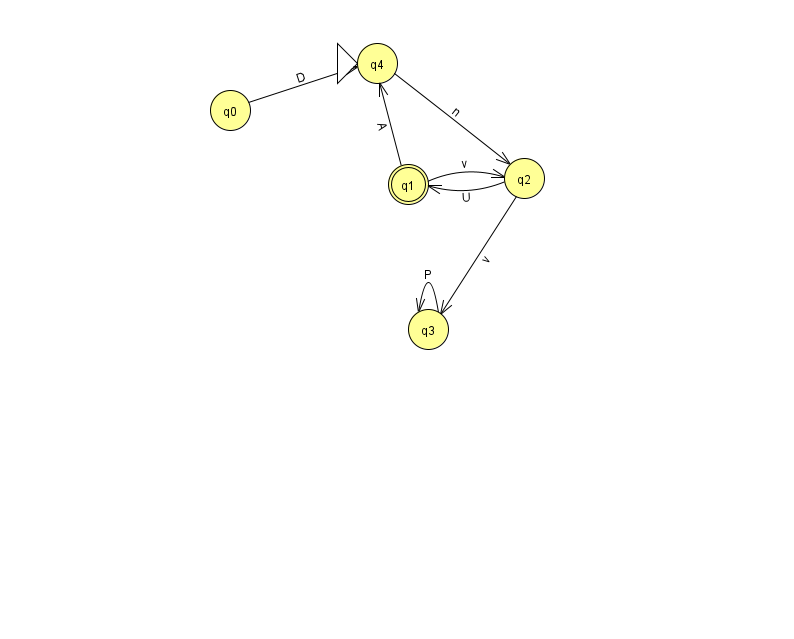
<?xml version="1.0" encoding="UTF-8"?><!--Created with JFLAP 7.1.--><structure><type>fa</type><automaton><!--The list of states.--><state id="0" name="q0"><x>230.0</x><y>97.0</y></state><state id="1" name="q1"><x>408.0</x><y>171.0</y><final/></state><state id="2" name="q2"><x>524.0</x><y>165.0</y></state><state id="3" name="q3"><x>428.0</x><y>316.0</y></state><state id="4" name="q4"><x>377.0</x><y>50.0</y><initial/></state><!--The list of transitions.--><transition><from>3</from><to>3</to><read>P</read></transition><transition><from>4</from><to>2</to><read>n</read></transition><transition><from>1</from><to>4</to><read>A</read></transition><transition><from>2</from><to>3</to><read>v</read></transition><transition><from>2</from><to>1</to><read>U</read></transition><transition><from>0</from><to>4</to><read>D</read></transition><transition><from>1</from><to>2</to><read>v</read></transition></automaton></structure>